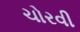
ચોરવી